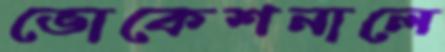
ভোকেশনালে